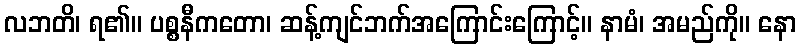
လဘတိ၊ ရ၏။ ပစ္စနီကတော၊ ဆန့်ကျင်ဘက်အကြောင်းကြောင့်။ နာမံ၊ အမည်ကို။ နော